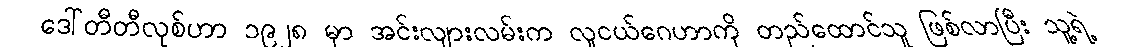
ဒေါ်တီတီလုစ်ဟာ ၁၉၂၈ မှာ အင်းလျားလမ်းက လူငယ်ဂေဟာကို တည်ထောင်သူ ဖြစ်လာပြီး သူ့ရဲ့